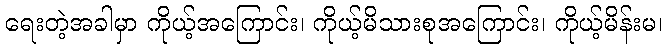
ရေးတဲ့အခါမှာ ကိုယ့်အကြောင်း၊ ကိုယ့်မိသားစုအကြောင်း၊ ကိုယ့်မိန်းမ၊